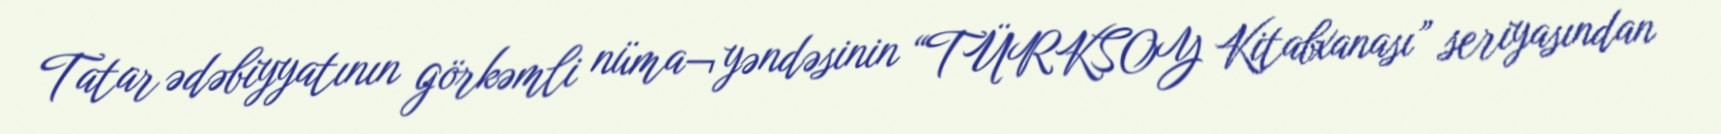
Tatar ədəbiyyatının görkəmli nüma¬yəndəsinin “TÜRKSOY Kitabxanası” seriyasından